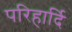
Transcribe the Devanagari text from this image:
परिहार्दि